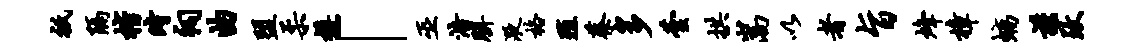
只隔楷时祠曲盟柔樽「巫浩胼液格殖蔡多芸拱嵩以者旨烽樟螭谨致